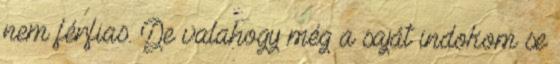
nem férfias. De valahogy még a saját indokom se